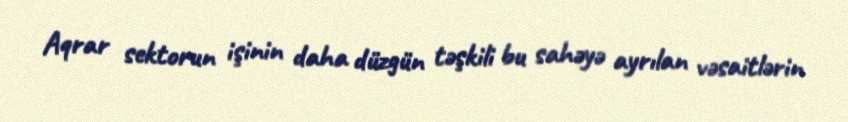
Aqrar sektorun işinin daha düzgün təşkili bu sahəyə ayrılan vəsaitlərin